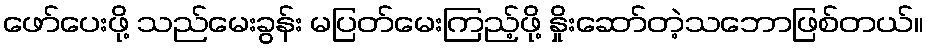
ဖော်ပေးဖို့ သည်မေးခွန်း မပြတ်မေးကြည့်ဖို့ နှိုးဆော်တဲ့သဘောဖြစ်တယ်။